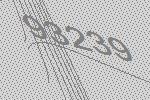
93239